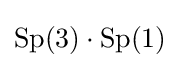
\mathrm {Sp} (3)\cdot \mathrm {Sp} (1)